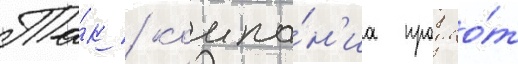
Та́к / компа́н'иа продао́т